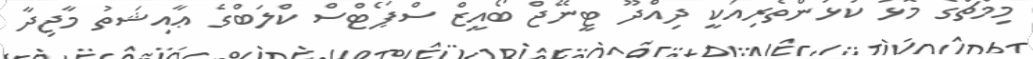
މިމެޗްގެ މޮޅު ކުޅުންތެރިއަކީ ދިއްދޫ ޓީނޭޖް ބޯއީޒް ސްޕޯޓްސް ކްލަބްގެ ޢާއިޝަތު މާޖިދާ